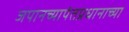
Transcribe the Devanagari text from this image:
जपानच्यापंतप्रधानाच्या